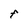
Character: F